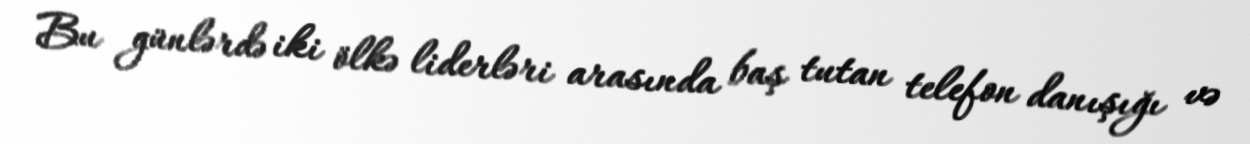
Bu günlərdə iki ölkə liderləri arasında baş tutan telefon danışığı və